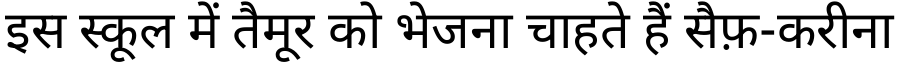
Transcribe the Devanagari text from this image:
इस स्कूल में तैमूर को भेजना चाहते हैं सैफ़-करीना